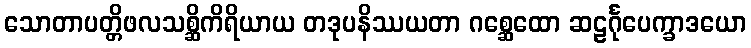
သောတာပတ္တိဖလသစ္ဆိကိရိယာယ တဒုပနိဿယတာ ဂစ္ဆေထော ဆဠင်္ဂုပေက္ခာဒယော